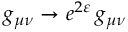
g _ { \mu \nu } \to e ^ { 2 \varepsilon } \, g _ { \mu \nu }